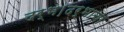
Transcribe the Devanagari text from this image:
दर्भ।दर्भाचा